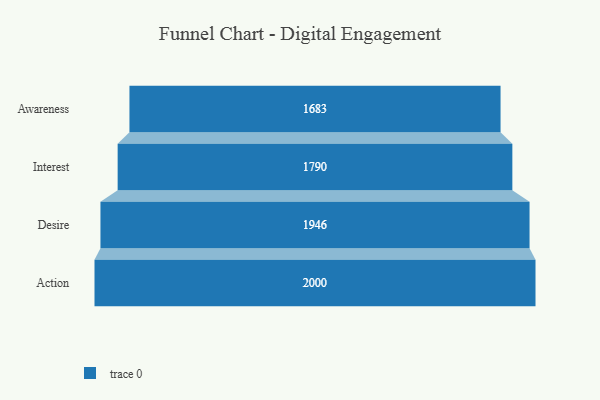
{"axis": {"x": "Stage", "y": "Value"}, "legend": [""], "data": [{"x": "Awareness", "y": 1683.0, "type": ""}, {"x": "Interest", "y": 1790.0, "type": ""}, {"x": "Desire", "y": 1946.0, "type": ""}, {"x": "Action", "y": 2000, "type": ""}]}